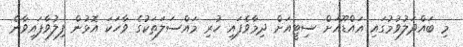
މި ބައްދަލުވުމުގައި އައްޑޫއަށް ސިޓީއަށް ދިމާވެފައި ހުރި މައްސަލަތަކުގެ ވާހަކަ އޮޅުން ފިލުވާފައިވާނެ